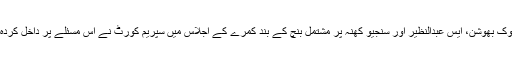
اس سے پہلے چیف جسٹس ایس اے بوبڈے، جسٹس ڈی وائی چندچوڑ، اشوک بھوشن، ایس عبدالنظیر اور سنجیو کھنّہ پر مشتمل بنچ کے بند کمرے کے اجلاس میں سپریم کورٹ نے اس مسئلے پر داخل کردہ نظر ثانی کی تمام عرضیوں کو 12 دسمبر 2019 کو خارج کر دیا تھا۔